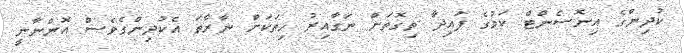
ކުދިންގެ އިނޮސެންޓް ކަމުގެ ފައިދާ ތިގޮތަށް ނަގާއިރު ހިތަކަށް ނާރާތަ އެކުދިންގެވެސް އޮންނާނީ